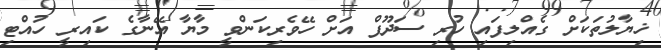
ޚިޔާލުތަކަށް ގެއްލިފައި ހުރި ސަދޫފް އަށް ހޭވެރިކަންވީ މާޔާ އޭނާގެ ކައިރީ ހުއްޓި